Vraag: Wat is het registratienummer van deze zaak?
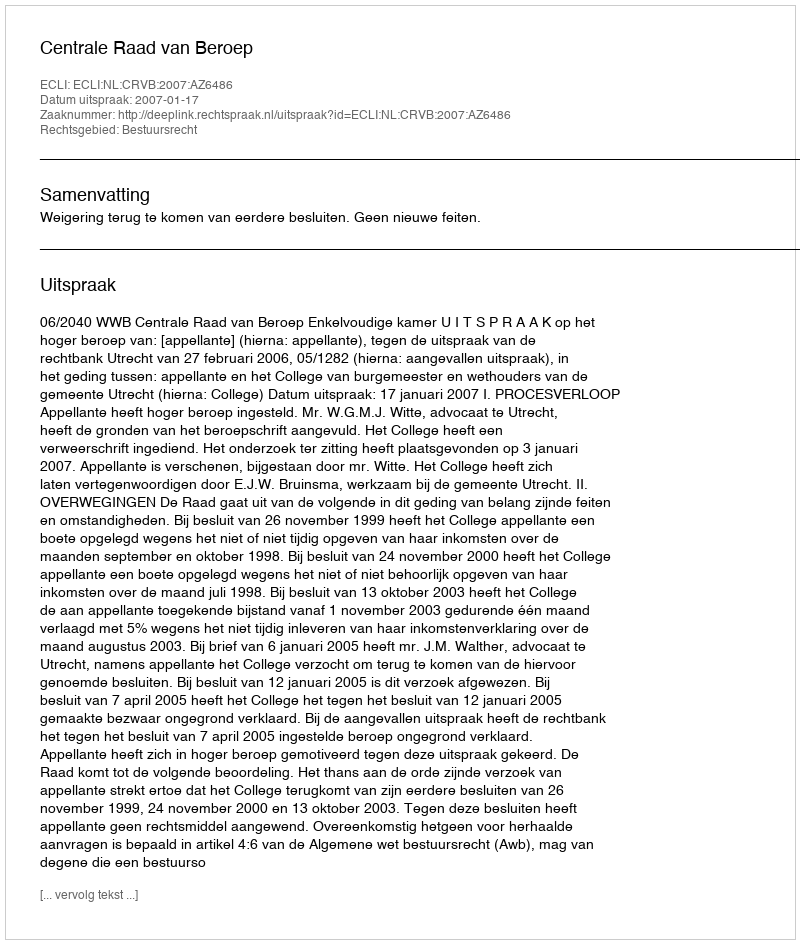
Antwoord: http://deeplink.rechtspraak.nl/uitspraak?id=ECLI:NL:CRVB:2007:AZ6486